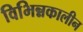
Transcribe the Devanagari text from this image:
विभिन्नकालीन